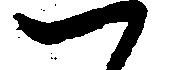
つ